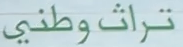
تراث وطني